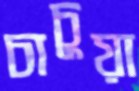
চাচুয়া